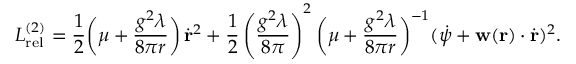
{ \cal L } _ { \mathrm { r e l } } ^ { ( 2 ) } = \frac { 1 } { 2 } \biggl ( \mu + \frac { g ^ { 2 } \lambda } { 8 \pi r } \biggr ) \, \dot { { \bf r } } ^ { 2 } + \frac { 1 } { 2 } \left( \frac { g ^ { 2 } \lambda } { 8 \pi } \right) ^ { 2 } \biggl ( \mu + \frac { g ^ { 2 } \lambda } { 8 \pi r } \biggr ) ^ { - 1 } ( \dot { \psi } + { \bf w } ( { \bf r } ) \cdot \dot { { \bf r } } ) ^ { 2 } .